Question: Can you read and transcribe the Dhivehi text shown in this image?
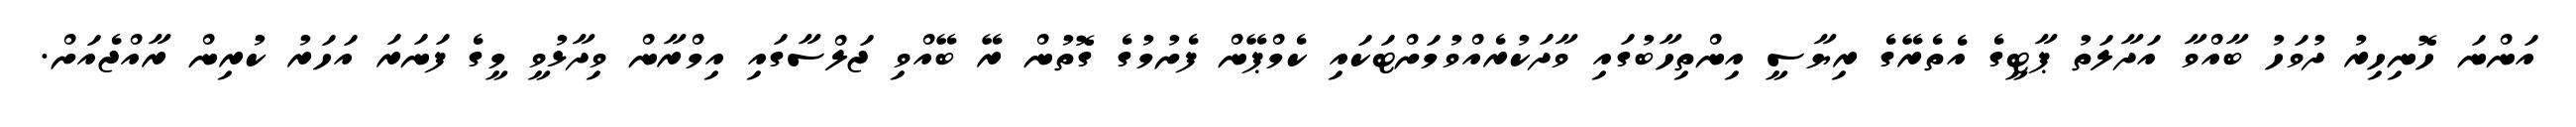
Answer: އަންނަ ހޮނިހިރު ދުވަހު ބާއްވާ އަދާލަތު ޕާޓީގެ އެތެރޭގެ ރިޔާސީ އިންތިހާބުގައި ވާދަކުރެއްވުމަށްޓަކައި ކެމްޕޭން ފެށުމުގެ ގޮތުން ރޭ ބޭއްވި ޖަލްސާގައި އިމްރާން ވިދާޅުވީ މީގެ ފަނަރަ އަހަރު ކުރިން ރާއްޖެއަށް.